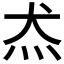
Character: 𱪬